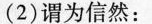
：(2)谓为信然：